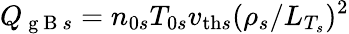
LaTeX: Q_{\mathrm{~g~B~}s}=n_{0s}T_{0s}v_{\mathrm{th}s}(\rho_{s}/L_{T_{s}})^{2}